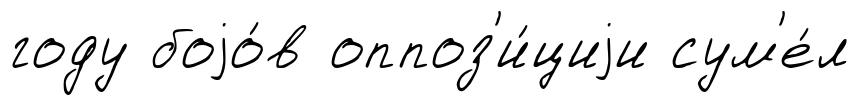
году боjо́в оппоз'и́циjи сум'е́л